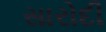
સારોદી